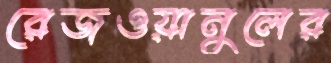
রেজওয়ানুলের